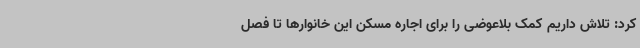
کرد: تلاش داریم کمک بلاعوضی را برای اجاره مسکن این خانوارها تا فصل